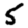
Digit: 5